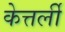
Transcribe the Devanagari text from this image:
केत्तर्ली